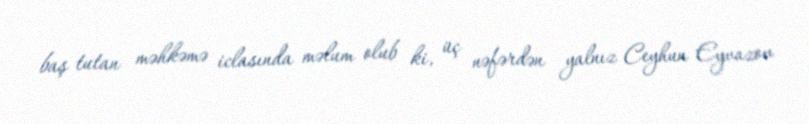
baş tutan məhkəmə iclasında məlum olub ki, üç nəfərdən yalnız Ceyhun Eyvazov